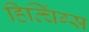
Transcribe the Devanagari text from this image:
हित्चिंग्स